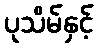
ပုသိမ်နှင့်